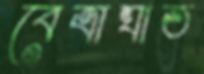
বেত্রাঘাত